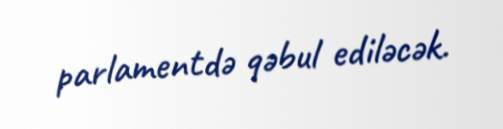
parlamentdə qəbul ediləcək.